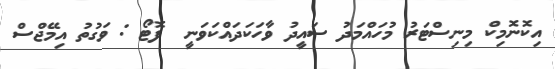
އިކޮނޮމިކް މިނިސްޓަރު މުހައްމަދު ސައީދު ވާހަކަދައްކަވަނީ  ފޮޓޯ : ވަގުތު އިމޭޖްސް